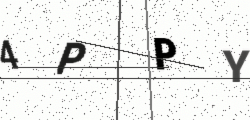
Text: 4PPY